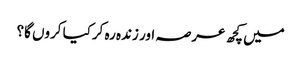
میں کچھ عرصہ اور زندہ رہ کرکیا کروں گا؟